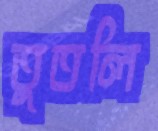
তুতলি